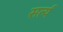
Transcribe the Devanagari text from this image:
सर्त्य